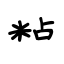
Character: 粘